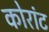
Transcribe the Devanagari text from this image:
कोरांट